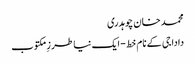
محمد خان چوہدری
دادا جی کے نام خط- ایک نیا طرزِ مکتوب